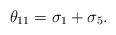
LaTeX: \begin{align*}\theta_{11}=\sigma_1+\sigma_5.\end{align*}